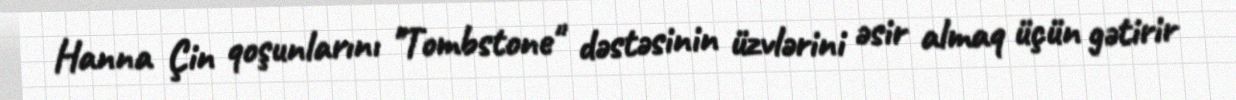
Hanna Çin qoşunlarını "Tombstone" dəstəsinin üzvlərini əsir almaq üçün gətirir